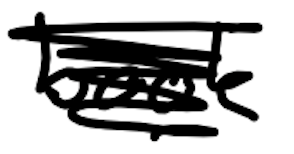
Text: book
Cross-out: mix
Writing tool: digital_black